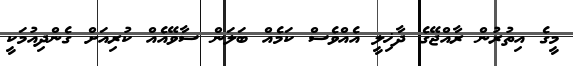
މީގެ އިތުރުން ރާއްޖޭގެ ދާޚިލީ އެއްވެސް ކަމެއް ބަލަން ސާވޭއެއް ކުރިއަށް ގެންދިއުމަކީ